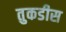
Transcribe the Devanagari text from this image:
तुकडीस